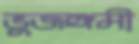
ভুজঙ্গমী